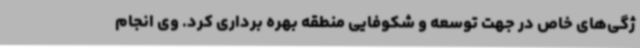
ژگی‌های خاص در جهت توسعه و شکوفایی منطقه بهره برداری کرد. وی انجام